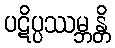
ပဋိပ္ပဿမ္ဘန္တိ